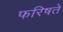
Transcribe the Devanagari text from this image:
फरिषते